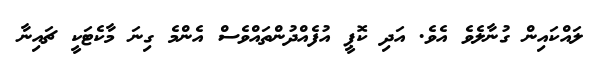
ލައްކައިން ގުނާލެވެ އެވެ. އަދި ކޮޕީ އުފެއްދުންތައްވެސް އެންމެ ގިނަ މާކެޓަކީ ޗައިނާ